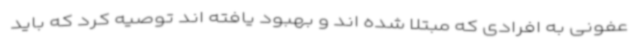
عفونی به افرادی که مبتلا شده اند و بهبود یافته اند توصیه کرد که باید